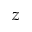
z